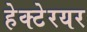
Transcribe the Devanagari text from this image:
हेक्टेरयर